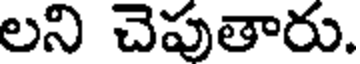
లని చెపుతారు.